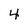
Character: 4